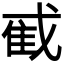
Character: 𫻼